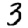
Digit: 3